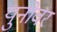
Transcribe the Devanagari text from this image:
युनोवर